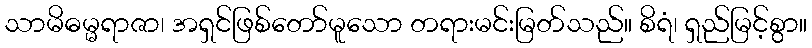
သာမိဓမ္မရာဇာ၊ အရှင်ဖြစ်တော်မူသော တရားမင်းမြတ်သည်။ စိရံ၊ ရှည်မြင့်စွာ။